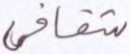
شقاقي